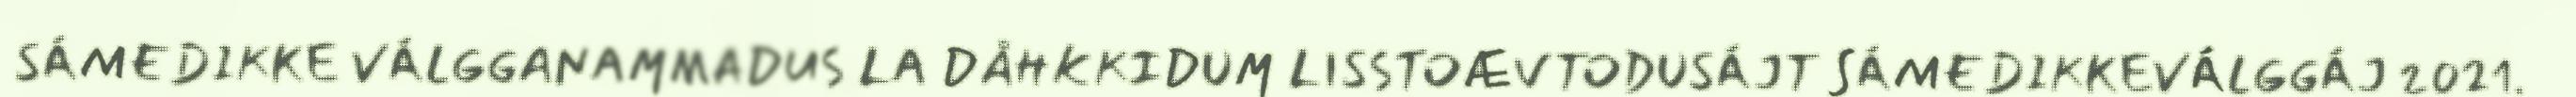
SÁMEDIKKE VÁLGGANAMMADUS LA DÅHKKIDUM LISSTOÆVTODUSÁJT SÁMEDIKKEVÁLGGÁJ 2021.